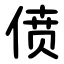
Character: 偾